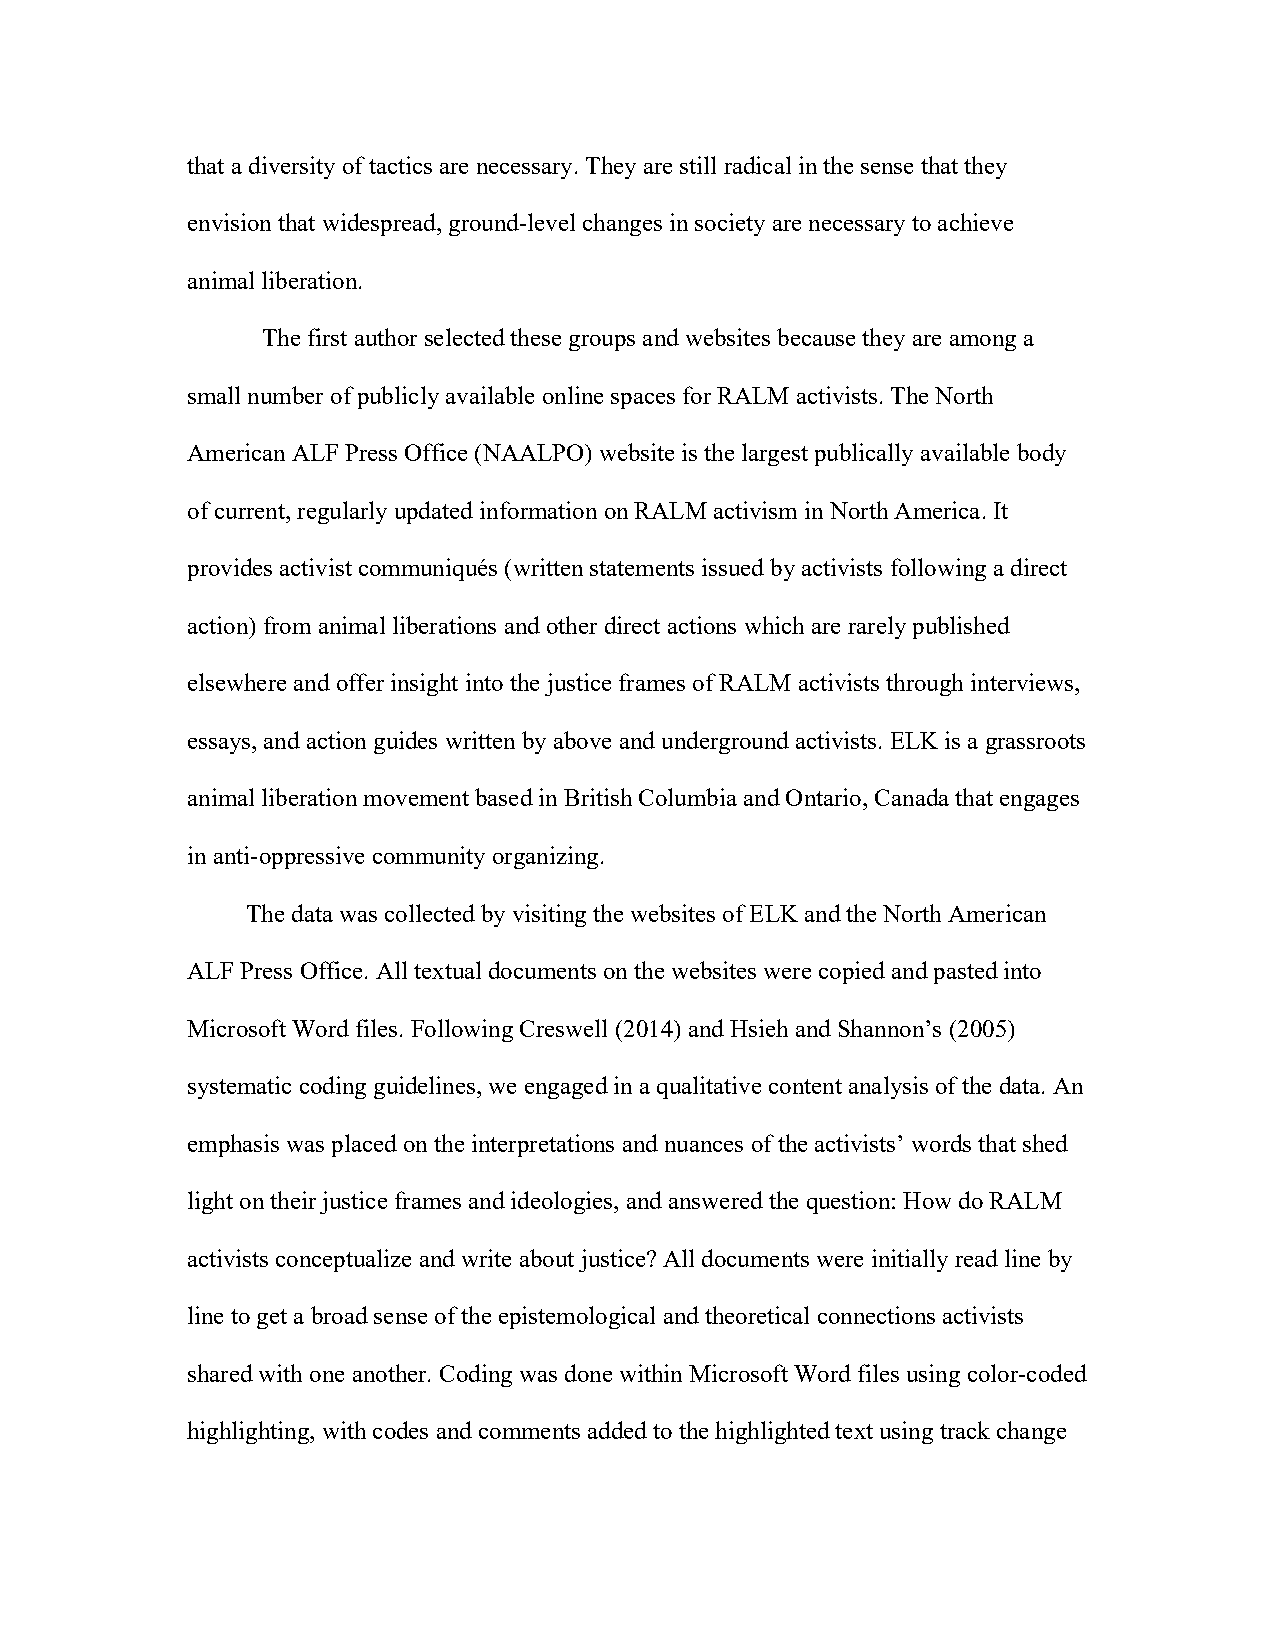
that a diversity of tactics are necessary. They are still radical in the sense that they
 envision that widespread, ground-level changes in society are necessary to achieve
 animal liberation.
 The first author selected these groups and websites because they are among a
 small number of publicly available online spaces for RALM activists. The North
 American ALF Press Office (NAALPO) website is the largest publically available body
 of current, regularly updated information on RALM activism in North America. It
 provides activist communiqués (written statements issued by activists following a direct
 action) from animal liberations and other direct actions which are rarely published
 elsewhere and offer insight into the justice frames of RALM activists through interviews,
 essays, and action guides written by above and underground activists. ELK is a grassroots
 animal liberation movement based in British Columbia and Ontario, Canada that engages
 in anti-oppressive community organizing.
 The data was collected by visiting the websites of ELK and the North American
 ALF Press Office. All textual documents on the websites were copied and pasted into
 Microsoft Word files. Following Creswell (2014) and Hsieh and Shannon’s (2005)
 systematic coding guidelines, we engaged in a qualitative content analysis of the data. An
 emphasis was placed on the interpretations and nuances of the activists’ words that shed
 light on their justice frames and ideologies, and answered the question: How do RALM
 activists conceptualize and write about justice? All documents were initially read line by
 line to get a broad sense of the epistemological and theoretical connections activists
 shared with one another. Coding was done within Microsoft Word files using color-coded
 highlighting, with codes and comments added to the highlighted text using track change